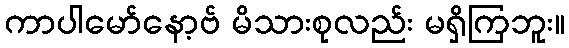
ကာပါမော်နော့ဗ် မိသားစုလည်း မရှိကြဘူး။